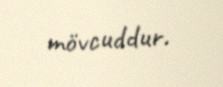
mövcuddur.